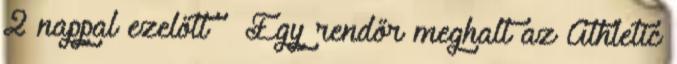
2 nappal ezelőtt – Egy rendőr meghalt az Athletic